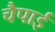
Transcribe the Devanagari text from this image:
चैपाई